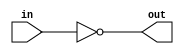
module top_module (
    input  in,
    output out
);

  // bitwise-NOT: ~
  // logical-NOT: !
  assign out = ~in;

endmodule